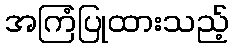
အကြံပြုထားသည့်